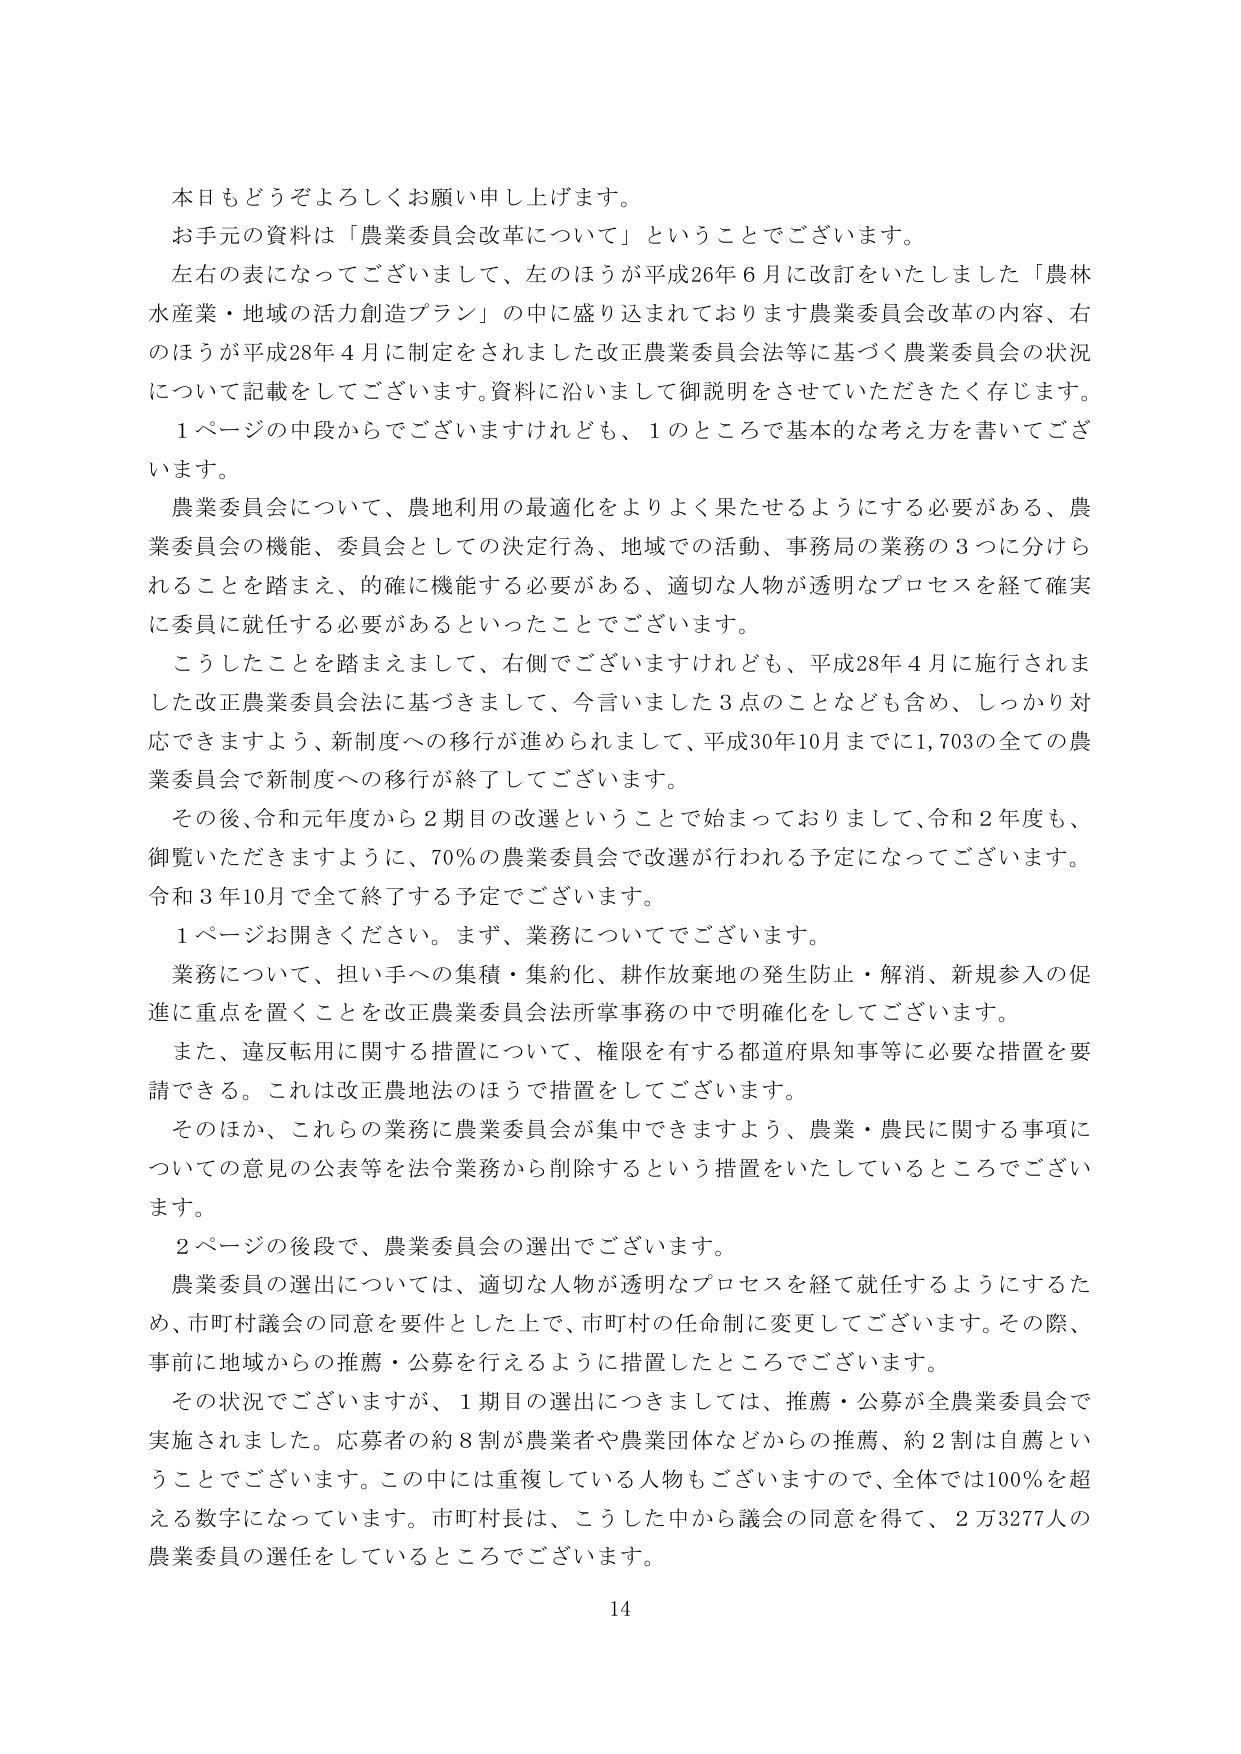
本日もどうぞよろしくお願い申し上げます。
お手元の資料は「農業委員会改革について」ということでございます。
左右の表になってございまして、左のほうが平成26年6月に改訂をいたしました「農林水産業・地域の活力創造プラン」の中に盛り込まれております農業委員会改革の内容、右のほうが平成28年4月に制定をされました改正農業委員会法等に基づく農業委員会の状況について記載をしてございます。資料に沿いまして御説明をさせていただきたく存じます。
1ページの中段からでございますけれども、1のところで基本的な考え方を書いてございます。
農業委員会について、農地利用の最適化をよりよく果たせるようにする必要がある、農業委員会の機能、委員会としての決定行為、地域での活動、事務局の業務の3つに分けられることを踏まえ、的確に機能する必要がある、適切な人物が透明なプロセスを経て確実に委員に就任する必要があるといったことでございます。
こうしたことを踏まえまして、右側でございますけれども、平成28年4月に施行されました改正農業委員会法に基づきまして、今言いました3点のことなども含め、しっかり対応できますよう、新制度への移行が進められまして、平成30年10月までに1,703の全ての農業委員会で新制度への移行が終了してございます。
その後、令和元年度から2期目の改選ということで始まっておりまして、令和2年度も、御覧いただきますように、70％の農業委員会で改選が行われる予定になってございます。令和3年10月で全て終了する予定でございます。
1ページお開きください。まず、業務についてでございます。
業務について、担い手への集積・集約化、耕作放棄地の発生防止・解消、新規参入の促進に重点を置くことを改正農業委員会法所掌事務の中で明確化をしてございます。
また、違反転用に関する措置について、権限を有する都道府県知事等に必要な措置を要請できる。これは改正農地法のほうで措置をしてございます。
そのほか、これらの業務に農業委員会が集中できますよう、農業・農民に関する事項についての意見の公表等を法令業務から削除するという措置をいたしているところでございます。
2ページの後段で、農業委員会の選出でございます。
農業委員の選出については、適切な人物が透明なプロセスを経て就任するようにするため、市町村議会の同意を要件とした上で、市町村の任命制に変更してございます。その際、事前に地域からの推薦・公募を行えるように措置したところでございます。
その状況でございますが、1期目の選出につきましては、推薦・公募が全農業委員会で実施されました。応募者の約8割が農業者や農業団体などからの推薦、約2割は自薦ということでございます。この中には重複している人物もございますので、全体では100％を超える数字になっています。市町村長は、こうした中から議会の同意を得て、2万3277人の農業委員の選任をしているところでございます。
14